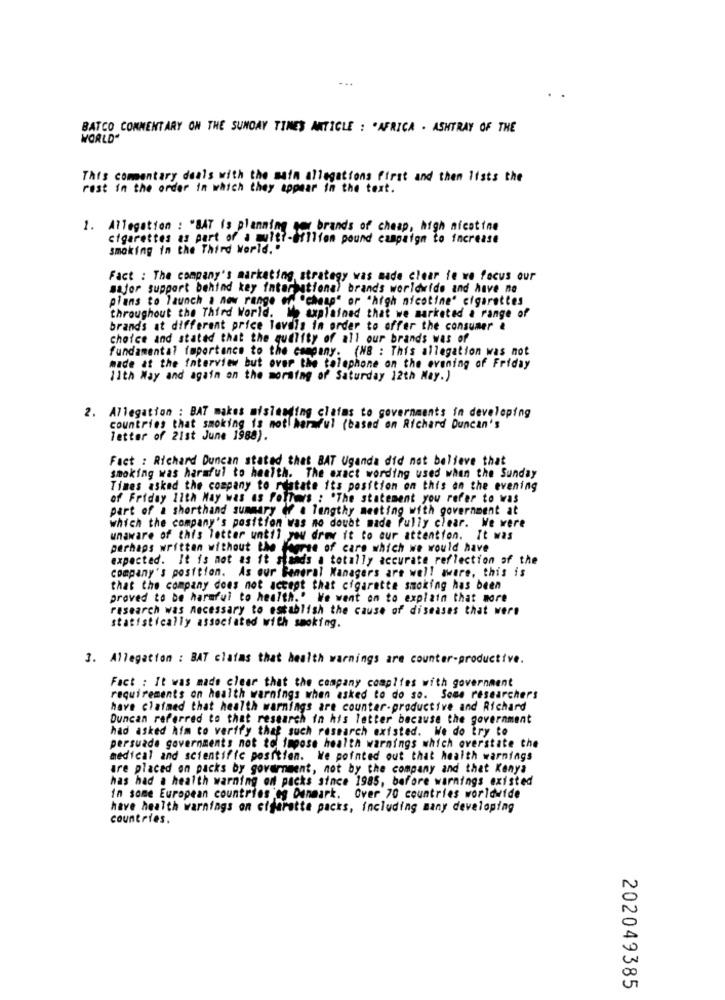
BATCO COMMENTARY ON THE SUNDAY TIMES ANTIGLE : . AFRICA . ASHTRAY OF THE
WORLD"
This commentary deals with the main allegations first and then lists the
rest in the order in which they appear in the text.
1. Allegation : "BAT is planning no brands of cheap, high nicotine
cigarettes as part of a multi-Billion pound campaign to increase
smoking in the Third World."
Fact : The company's marketing strategy was made clear ie we focus our
major support behind key international brands worldwide and have no
plans to launch a new range of "cheap" or "high nicotine" cigarettes
throughout the Third World. Wh axplained that we marketed a range of
brands at different price levels in order to offer the consumer &
choice and stated that the quality of all our brands was of
fundamental importance to the company. (NB : This allegation was not
made at the interview but over the telephone on the evening of Friday
11th Way and again on the morning of Saturday 12th May.)
2. Allegation : BAT makes misleading claims to governments in developing
countries that smoking is not!harmful (based on Richard Duncan's
letter of 21st June 1988).
Fact : Richard Duncan stated that BAT Uganda did not believe that
smoking was harmful to health. The exact wording used when the Sunday
Times asked the company to reatate its position on this on the evening
of Friday 11th May was as fetTers : "The statement you refer to was
part of a shorthand summary of a lengthy meeting with government at
which the company's position was no doubt made Fully clear. We were
unaware of this letter until you drew it to our attention. It was
perhaps written without the Wegrue of care which we would have
expected. It is not as it stands a totally accurate reflection of the
company's position. As our General Managers are well aware, this is
that the company does not accept that cigarette smoking has been
proved to be harmful to health.' We went on to explain that more
research was necessary to establish the cause of diseases that were
statistically associated with smoking.
3. Allegation : BAT claims that health warnings are counter-productive.
Fact : It was made clear that the company complies with government
requirements on health warnings when asked to do so. Some researchers
have claimed that health warnings are counter-productive and Richard
Duncan referred to that research in his letter because the government
had asked him to verify that such research existed. We do try to
persuade governments not to impose health warnings which overstate the
medical and scientific position. We pointed out that health warnings
are placed on packs by government, not by the company and that Kenya
has had a health warning on packs since 1985, before warnings existed
In some European countries 'eg Danmark. Over 70 countries worldwide
have health warnings on cigarette packs, including many developing
countries.
202049385